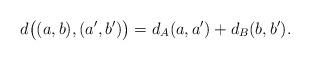
LaTeX: \begin{align*}d\bigl((a, b), (a', b')\bigr) = d_A(a,a') + d_B(b,b').\end{align*}